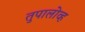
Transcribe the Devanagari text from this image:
तुपालोव्ह